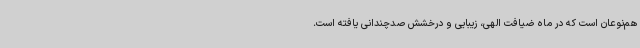
هم‌نوعان است که در ماه ضیافت الهی، زیبایی و درخشش صدچندانی یافته است.